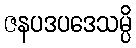
ဇနပဒပဒေသမ္ပိ